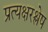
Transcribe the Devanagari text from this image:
प्रत्यक्षरश्लेष